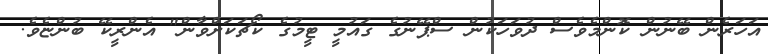
އަހަރެން ބޭނުން ކޮންމެވެސް ދުވަހަކުން ސްޕޭނުގެ ގައުމީ ޓީމުގެ ކޯޗަކަށްވާން" އެންރީކޭ ބުންޏެވެ.